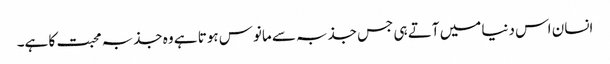
انسان اس دنیا میں آتے ہی جس جذبہ سے مانوس ہوتا ہے وہ جذبہ محبت کا ہے۔